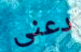
دعنى